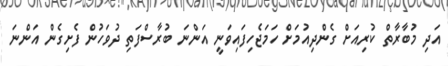
އަދި މުބާރާތް ކުރިއަށް ގެންދިއުމަށް ހަމަޖެހިފައިވަނީ އަންނަ ބުރާސްފަތި ދުވަހުން ފެށިގެން އަންނަ